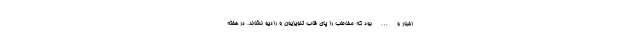
اخبار و … بود که مخاطب را پای قاب تلویزیون و رادیو نشاند. در هفته